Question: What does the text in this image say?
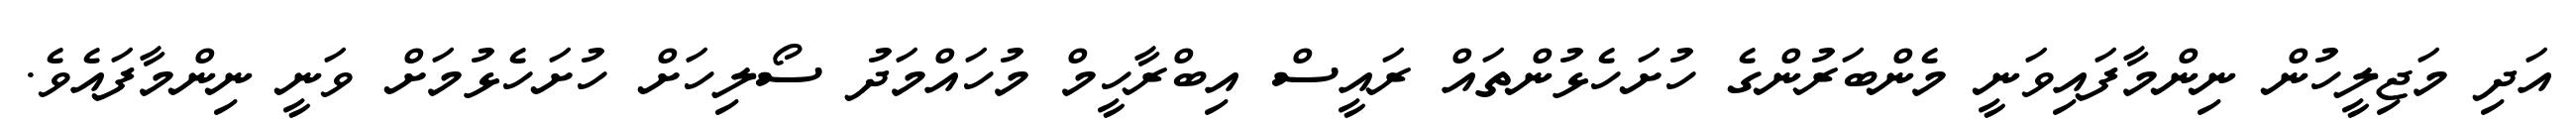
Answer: އަދި މަޖިލީހުން ނިންމާފައިވަނީ މެންބަރުންގެ ހުށަހެޅުންތައް ރައީސް އިބްރާހީމް މުހައްމަދު ސޯލިހަށް ހުށަހެޅުމަށް ވަނީ ނިންމާފައެވެ.